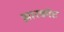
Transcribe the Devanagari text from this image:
झारकोट